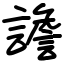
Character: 譫